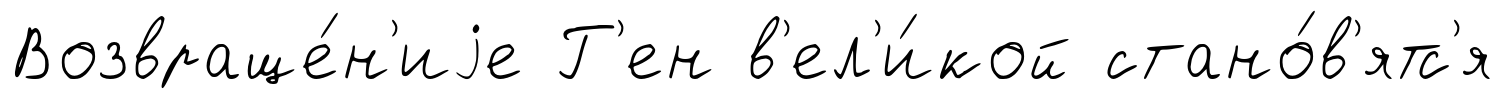
Возвраще́н'иjе Г'ен в'ел'и́кой стано́в'ятс'я